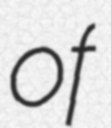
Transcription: of